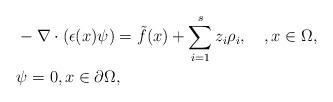
LaTeX: \begin{align*} & -\nabla \cdot (\epsilon(x)\psi)=\tilde{f}(x)+\sum_{i=1}^sz_i\rho_i, \quad, x\in \Omega,\\ & \psi=0,x\in \partial \Omega, \end{align*}